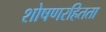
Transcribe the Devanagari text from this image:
शोषणरहितता